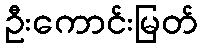
ဦးကောင်းမြတ်